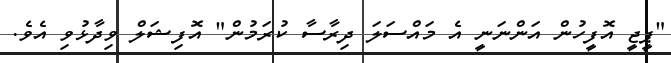
"ޕީޖީ އޮފީހުން އަންނަނީ އެ މައްސަލަ ދިރާސާ ކުރަމުން" އޮފިޝަލް ވިދާޅުވި އެވެ.